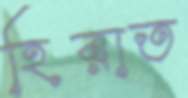
হিরাত